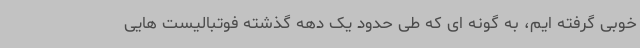
خوبی گرفته ایم، به گونه ای که طی حدود یک دهه گذشته فوتبالیست هایی